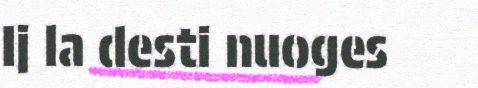
Ij la desti nuoges